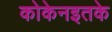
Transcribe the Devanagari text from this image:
कोकेनइतके